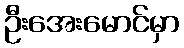
ဦးအေးမောင်မှာ